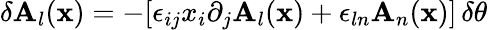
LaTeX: \delta\mathbf{A}_{l}({\mathbf{x}})=-[\epsilon_{ij}x_{i}\partial_{j}\mathbf{A}_{l}({\mathbf{x}})+\epsilon_{ln}\mathbf{A}_{n}({\mathbf{x}})]\, \delta\theta